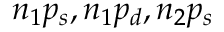
n _ { 1 } p _ { s } , n _ { 1 } p _ { d } , n _ { 2 } p _ { s }